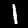
Digit: 1